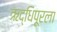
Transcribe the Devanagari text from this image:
ऋद्धिपूरला